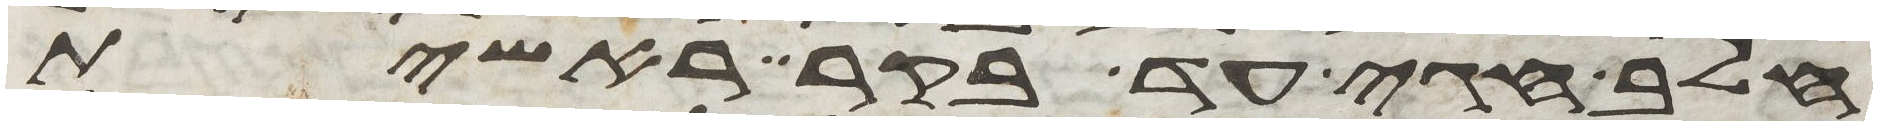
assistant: חלב חגי עד בקר ראשית